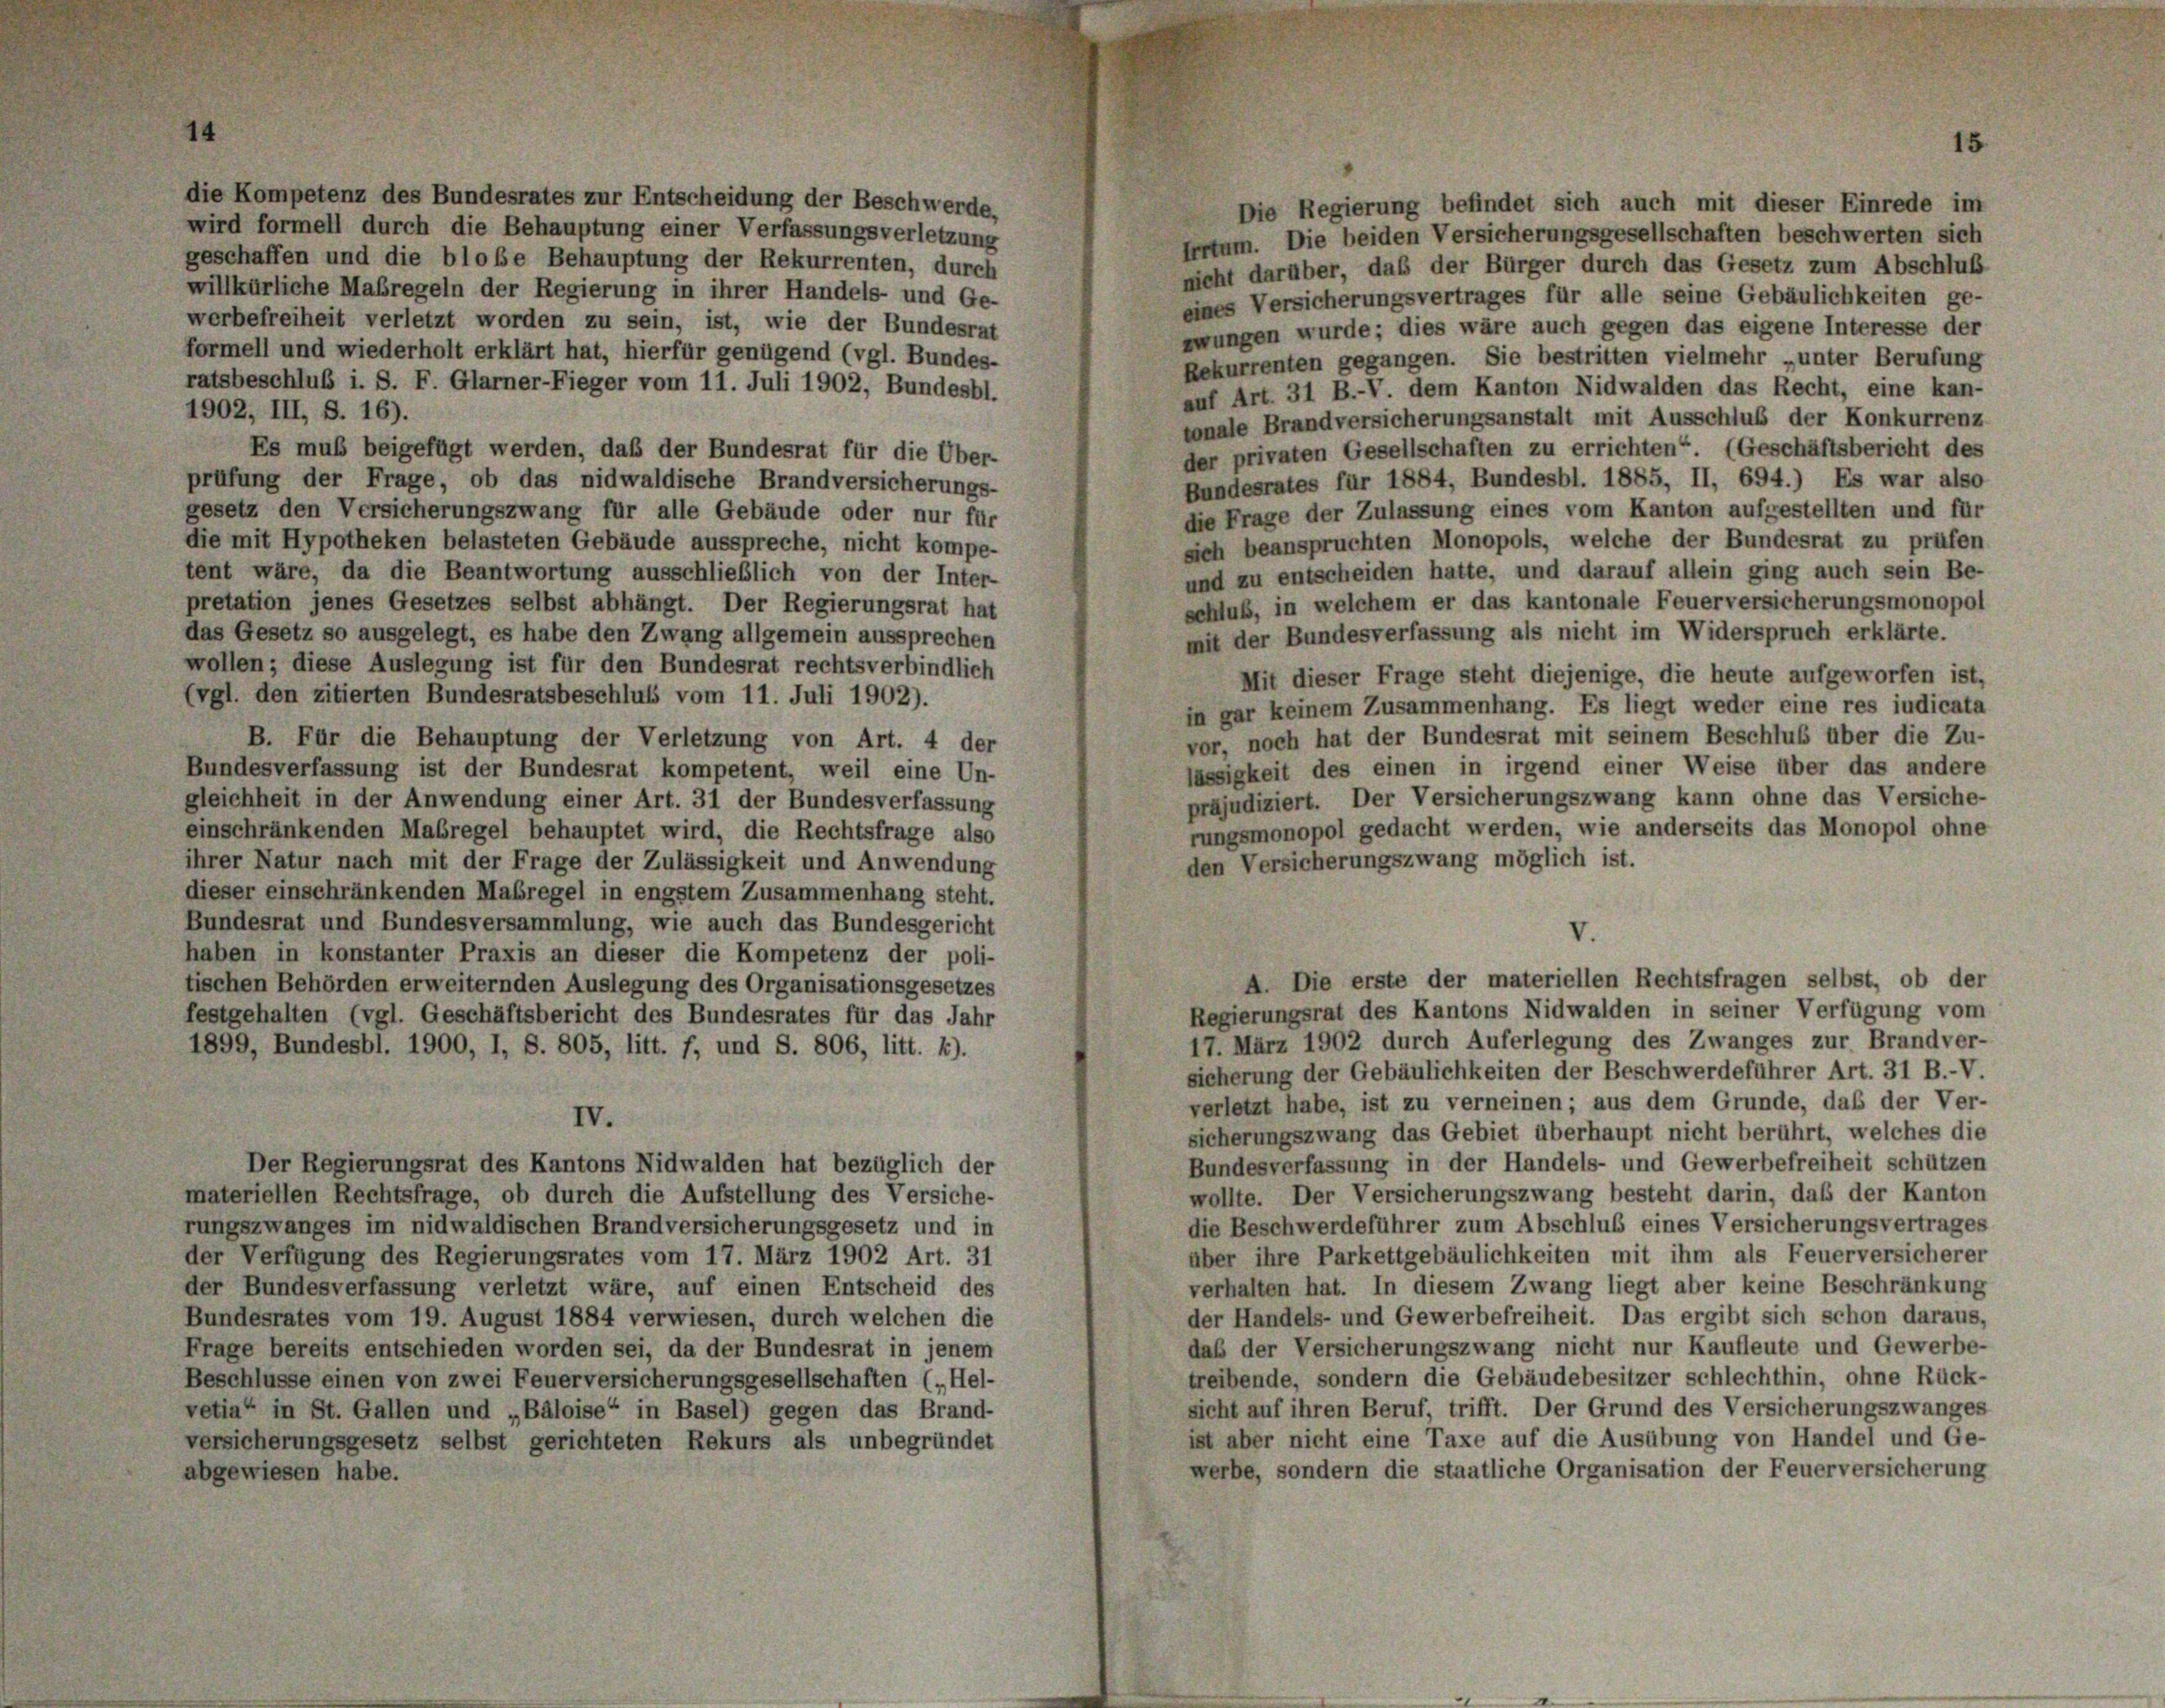
die Kompetenz des Bundesrates zur Entscheidung der Beschwerde,
Die Regierung befindet sich auch mit dieser Einrede im
wird formell durch die Behauptung einer Verfassungsverletzung
Irrtum. Die beiden Versicherungsgesellschaften beschwerten sich
geschaffen und die blobe Behauptung der Rekurrenten, durch
nicht darüber, das der Bürger durch das Gesetz zum Abschluß
willkürliche Maßregeln der Regierung in ihrer Handels- und Ge-
eines Versicherungsvertrages für alle seine Gebäulichkeiten ge-
werbefreiheit verletzt worden zu sein, ist, wie der Bundesrat
zwungen wurde; dies wäre auch gegen das eigene Interesse der
formell und wiederholt erklärt hat, hierfür genügend (vgl. Bundes-
Rekurrenten gegangen. Sie bestritten vielmehr „unter Berufung
ratsbeschluß i. S. F. Glarner-Fieger vom 11. Juli 1902, Bundesbl.
auf Art. 31 B.-V. dem Kanton Nidwalden das Recht, eine kan-
1902, III, S. 16).
tonale Brandversicherungsanstalt mit Ausschluß der Konkurrenz
der privaten Gesellschaften zu errichten“. (Geschäftsbericht des
Es muß beigefügt werden, daß der Bundesrat für die Über-
Bundesrates für 1884, Bundesbl. 1885, II, 694.) Es war also
prüfung der Frage, ob das nidwaldische Brandversicherungs-
gesetz den Versicherungszwang für alle Gebäude oder nur für
die Frage der Zulassung eines vom Kanton aufgestellten und für
die mit Hypotheken belasteten Gebäude ausspreche, nicht kompe-
sich beanspruchten Monopols, welche der Bundesrat zu prüfen
und zu entscheiden hatte, und darauf allein ging auch sein Be-
tent wäre, da die Beantwortung ausschließlich von der Inter-
schluß, in welchem er das kantonale Feuerversicherungsmonopol
pretation jenes Gesetzes selbst abhängt. Der Regierungsrat hat
das Gesetz so ausgelegt, es habe den Zwang allgemein aussprechen
mit der Bundesverfassung als nicht im Widerspruch erklärte.
wollen; diese Auslegung ist für den Bundesrat rechtsverbindlich
Mit dieser Frage steht diejenige, die heute aufgeworfen ist,
(vgl. den zitierten Bundesratsbeschluß vom 11. Juli 1902).
in gar keinem Zusammenhang. Es liegt weder eine res iudicata
vor, noch hat der Bundesrat mit seinem Beschluß über die Zu-
B. Für die Behauptung der Verletzung von Art. 4 der
lässigkeit des einen in irgend einer Weise über das andere
Bundesverfassung ist der Bundesrat kompetent, weil eine Un-
präjudiziert. Der Versicherungszwang kann ohne das Versiche-
gleichheit in der Anwendung einer Art. 31 der Bundesverfassung
rungsmonopol gedacht werden, wie anderseits das Monopol ohne
einschränkenden Maßregel behauptet wird, die Rechtsfrage also
den Versicherungszwang möglich ist.
ihrer Natur nach mit der Frage der Zulässigkeit und Anwendung
dieser einschränkenden Maßregel in engstem Zusammenhang steht.
Bundesrat und Bundesversammlung, wie auch das Bundesgericht
V.
haben in konstanter Praxis an dieser die Kompetenz der poli-
A. Die erste der materiellen Rechtsfragen selbst, ob der
tischen Behörden erweiternden Auslegung des Organisationsgesetzes
Regierungsrat des Kantons Nidwalden in seiner Verfügung vom
festgehalten (vgl. Geschäftsbericht des Bundesrates für das Jahr
17. März 1902 durch Auferlegung des Zwanges zur Brandver-
1899, Bundesbl. 1900, I, S. 805, litt. f, und S. 806, litt. k).
sicherung der Gebäulichkeiten der Beschwerdeführer Art. 31 B.-V.
verletzt habe, ist zu verneinen; aus dem Grunde, daß der Ver-
IV.
sicherungszwang das Gebiet überhaupt nicht berührt, welches die
Bundesverfassung in der Handels- und Gewerbefreiheit schützen
Der Regierungsrat des Kantons Nidwalden hat bezüglich der
wollte. Der Versicherungszwang besteht darin, daß der Kanton
materiellen Rechtsfrage, ob durch die Aufstellung des Versiche-
die Beschwerdeführer zum Abschluß eines Versicherungsvertrages
rungszwanges im nidwaldischen Brandversicherungsgesetz und in
über ihre Parkettgebäulichkeiten mit ihm als Feuerversicherei
der Verfügung des Regierungsrates vom 17. März 1902 Art. 31
verhalten hat. In diesem Zwang liegt aber keine Beschränkung
der Bundesverfassung verletzt wäre, auf einen Entscheid des
der Handels- und Gewerbefreiheit. Das ergibt sich schon daraus,
Bundesrates vom 19. August 1884 verwiesen, durch welchen die
daß der Versicherungszwang nicht nur Kaufleute und Gewerbe-
Frage bereits entschieden worden sei, da der Bundesrat in jenem
treibende, sondern die Gebäudebesitzer schlechthin, ohne Rück-
Beschlüsse einen von zwei Feuerversicherungsgesellschaften („Hel-
sicht auf ihren Beruf, trifft. Der Grund des Versicherungszwanges
vetia“ in St. Gallen und „Bâloise“ in Basel) gegen das Brand-
ist aber nicht eine Taxe auf die Ausübung von Handel und Ge-
versicherungsgesetz selbst gerichteten Rekurs als unbegründet
werbe, sondern die staatliche Organisation der Feuerversicherung
abgewiesen habe.

15